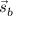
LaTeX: { \vec { s } } _ { b }